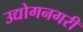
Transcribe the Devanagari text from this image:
उद्योगनगरी